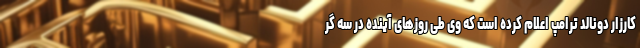
کارزار دونالد ترامپ اعلام کرده است که وی طی روزهای آینده در سه گر